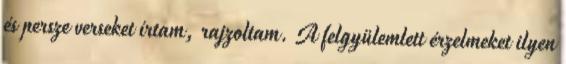
és persze verseket írtam, rajzoltam. A felgyülemlett érzelmeket ilyen